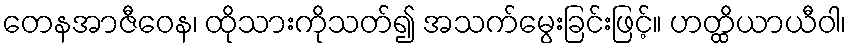
တေနအာဇီဝေန၊ ထိုသားကိုသတ်၍ အသက်မွေးခြင်းဖြင့်။ ဟတ္ထိယာယီဝါ၊